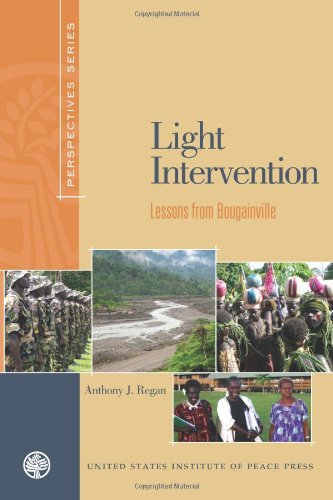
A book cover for Light Intervention: Lessons from Bougainville (Perspectives (United States Institute of Peace Press)); Anthony Regan; History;